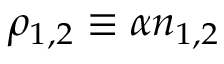
\rho _ { 1 , 2 } \equiv \alpha n _ { 1 , 2 }